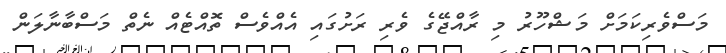
މަސްވެރިކަމަށް މަޝްހޫރު މި ރާއްޖޭގެ ވެރި ރަށުގައި އެއްވެސް ތޮއްޓެއް ނެތް މަސްބާނާލަން